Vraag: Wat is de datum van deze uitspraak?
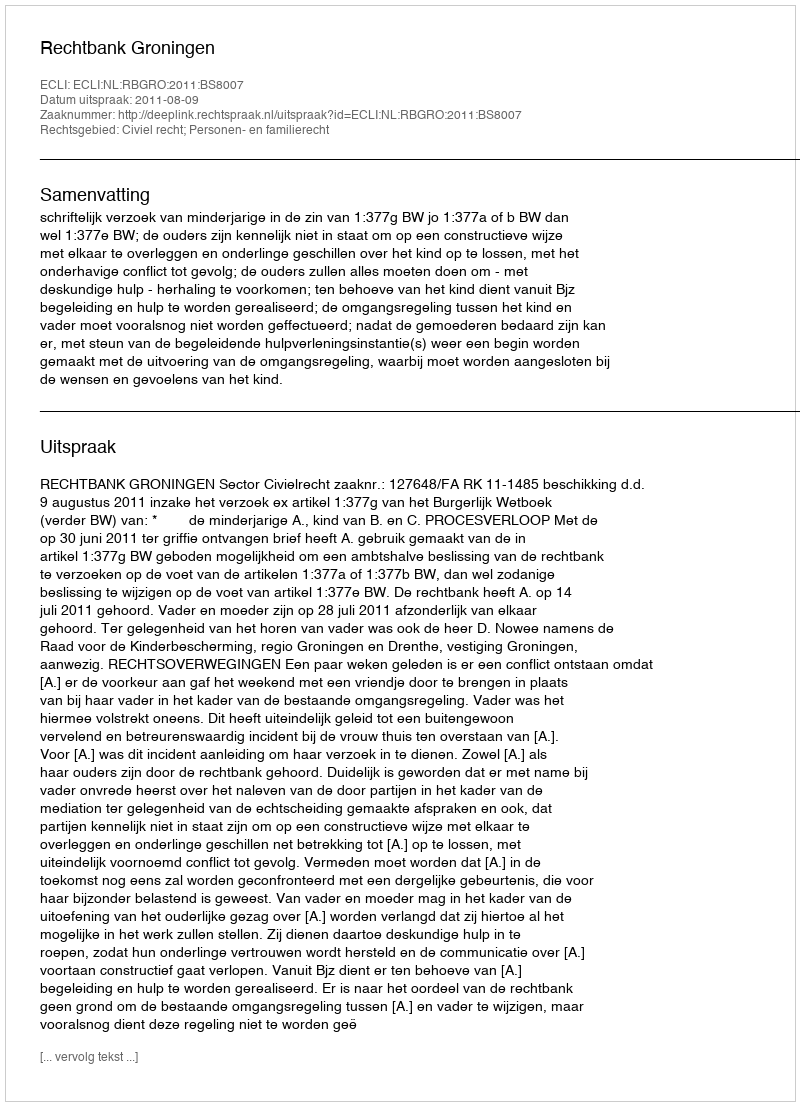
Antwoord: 2011-08-09